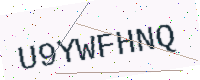
Text: U9YWFHNQ